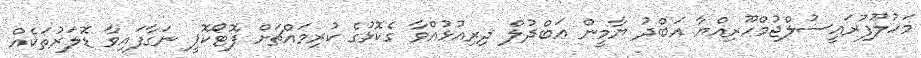
މަހުލޫފުރައީސުލްޖުމްހޫރިއްޔާ އަބްދު ޔާމީން ޢަބްދުލް ދިރިއުޅުއްވާ ގެކޮޅުގެ ކުރިމައްޗަށް ފޮޓޯކޮޕީ ނަގާފައިވާ ޑޮލަރުތަކެއް